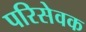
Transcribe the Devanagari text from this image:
परिसेवक